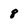
Character: 8